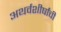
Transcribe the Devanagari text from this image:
अथर्वशीर्षांची